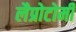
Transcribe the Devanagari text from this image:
लैप्रोटोमी